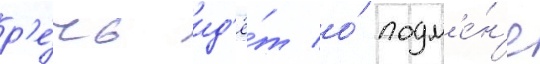
р'е́чь ид'ё́т о́ подм'е́н'е